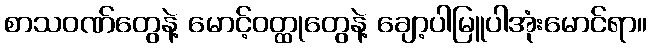
စာသဝဏ်တွေနဲ့ မောင့်ဝတ္ထုတွေနဲ့ ချော့ပါမြူပါအုံးမောင်ရာ။